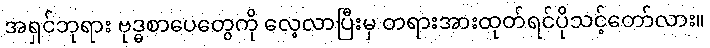
အရှင်ဘုရား ဗုဒ္ဓစာပေတွေကို လေ့လာပြီးမှ တရားအားထုတ်ရင်ပိုသင့်တော်လား။